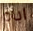
اباه